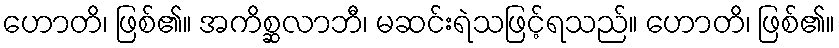
ဟောတိ၊ ဖြစ်၏။ အကိစ္ဆလာဘီ၊ မဆင်းရဲသဖြင့်ရသည်။ ဟောတိ၊ ဖြစ်၏။